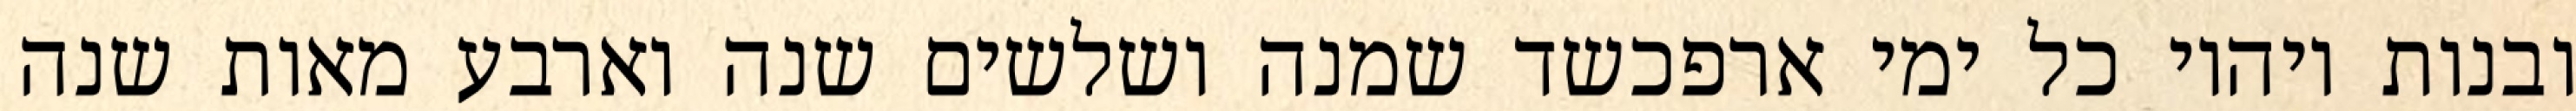
ובנות ויהיו כל ימי ארפכשד שמנה ושלשים שנה וארבע מאות שנה